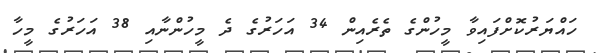
ހައްޔަރުކޮށްފައިވާ މީހުންގެ ތެރެއިން 34 އަހަރުގެ ދެ މީހުންނާއި 38 އަހަރުގެ މީހާ